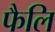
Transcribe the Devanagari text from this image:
फैलि